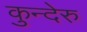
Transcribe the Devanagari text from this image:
कुन्देरु